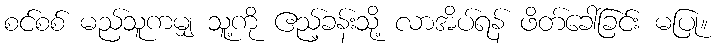
စင်စစ် မည်သူကမျှ သူ့ကို ဧည့်ခန်းသို့ လာအိပ်ရန် ဖိတ်ခေါ်ခြင်း မပြု။